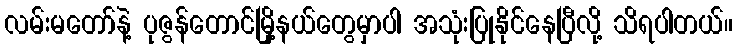
လမ်းမတော်နဲ့ ပုဇွန်တောင်မြို့နယ်တွေမှာပါ အသုံးပြုနိုင်နေပြီလို့ သိရပါတယ်။